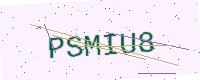
Text: PSMIU8